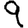
Digit: 9